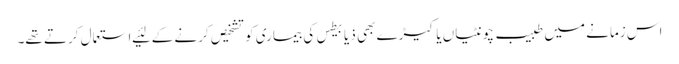
اس زمانے میں طبیب چونٹیاں یا کیڑے بھی ذیابیطس کی بیماری کو تشخیص کرنے کے لئیے استعمال کرتے تھے۔